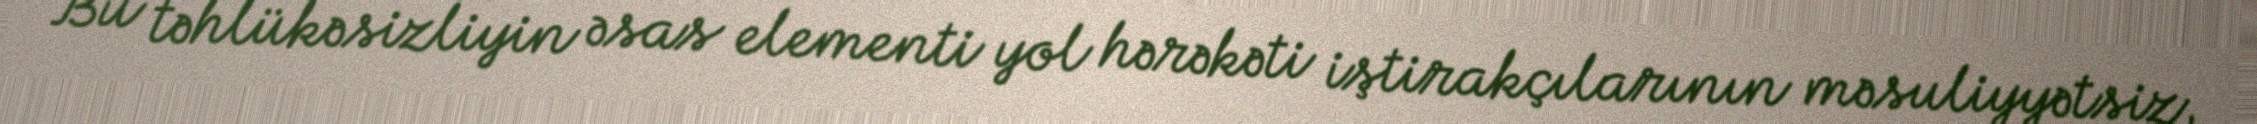
Bu təhlükəsizliyin əsas elementi yol hərəkəti iştirakçılarının məsuliyyətsiz,